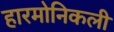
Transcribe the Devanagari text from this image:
हारमोनिकली